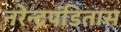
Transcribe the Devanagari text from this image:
नरेन्द्रपंडितास